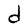
Character: d